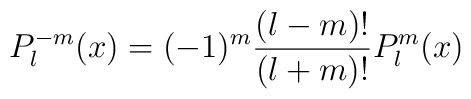
P_l^{-m}(x)=(-1)^m\frac{(l-m)!}{(l+m)!}P_l^m(x)